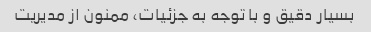
بسیار دقیق و با توجه به جزئیات، ممنون از مدیریت